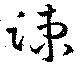
竦